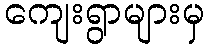
ကျေးရွာများမှ